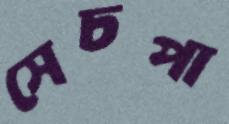
সেচপা